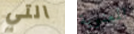
التي المعنوية